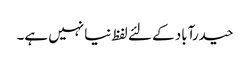
حیدرآباد کے لئے لفظ نیا نہیں ہے۔